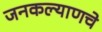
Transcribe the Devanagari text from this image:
जनकल्याणचे